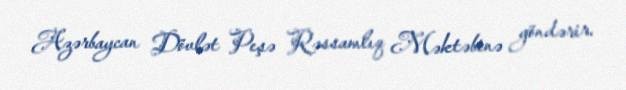
Azərbaycan Dövlət Peşə Rəssamlıq Məktəbinə göndərir.